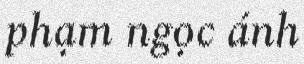
phạm ngọc ánh